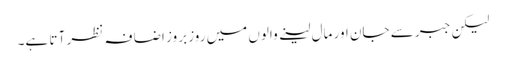
لیکن جبر سے جان اور مال لینے والوں میں روز بروز اضا فہ نظر آ تا ہے۔